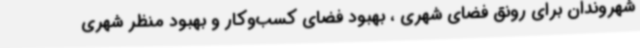
شهروندان برای رونق فضای شهری ، بهبود فضای کسب‌وکار و بهبود منظر شهری